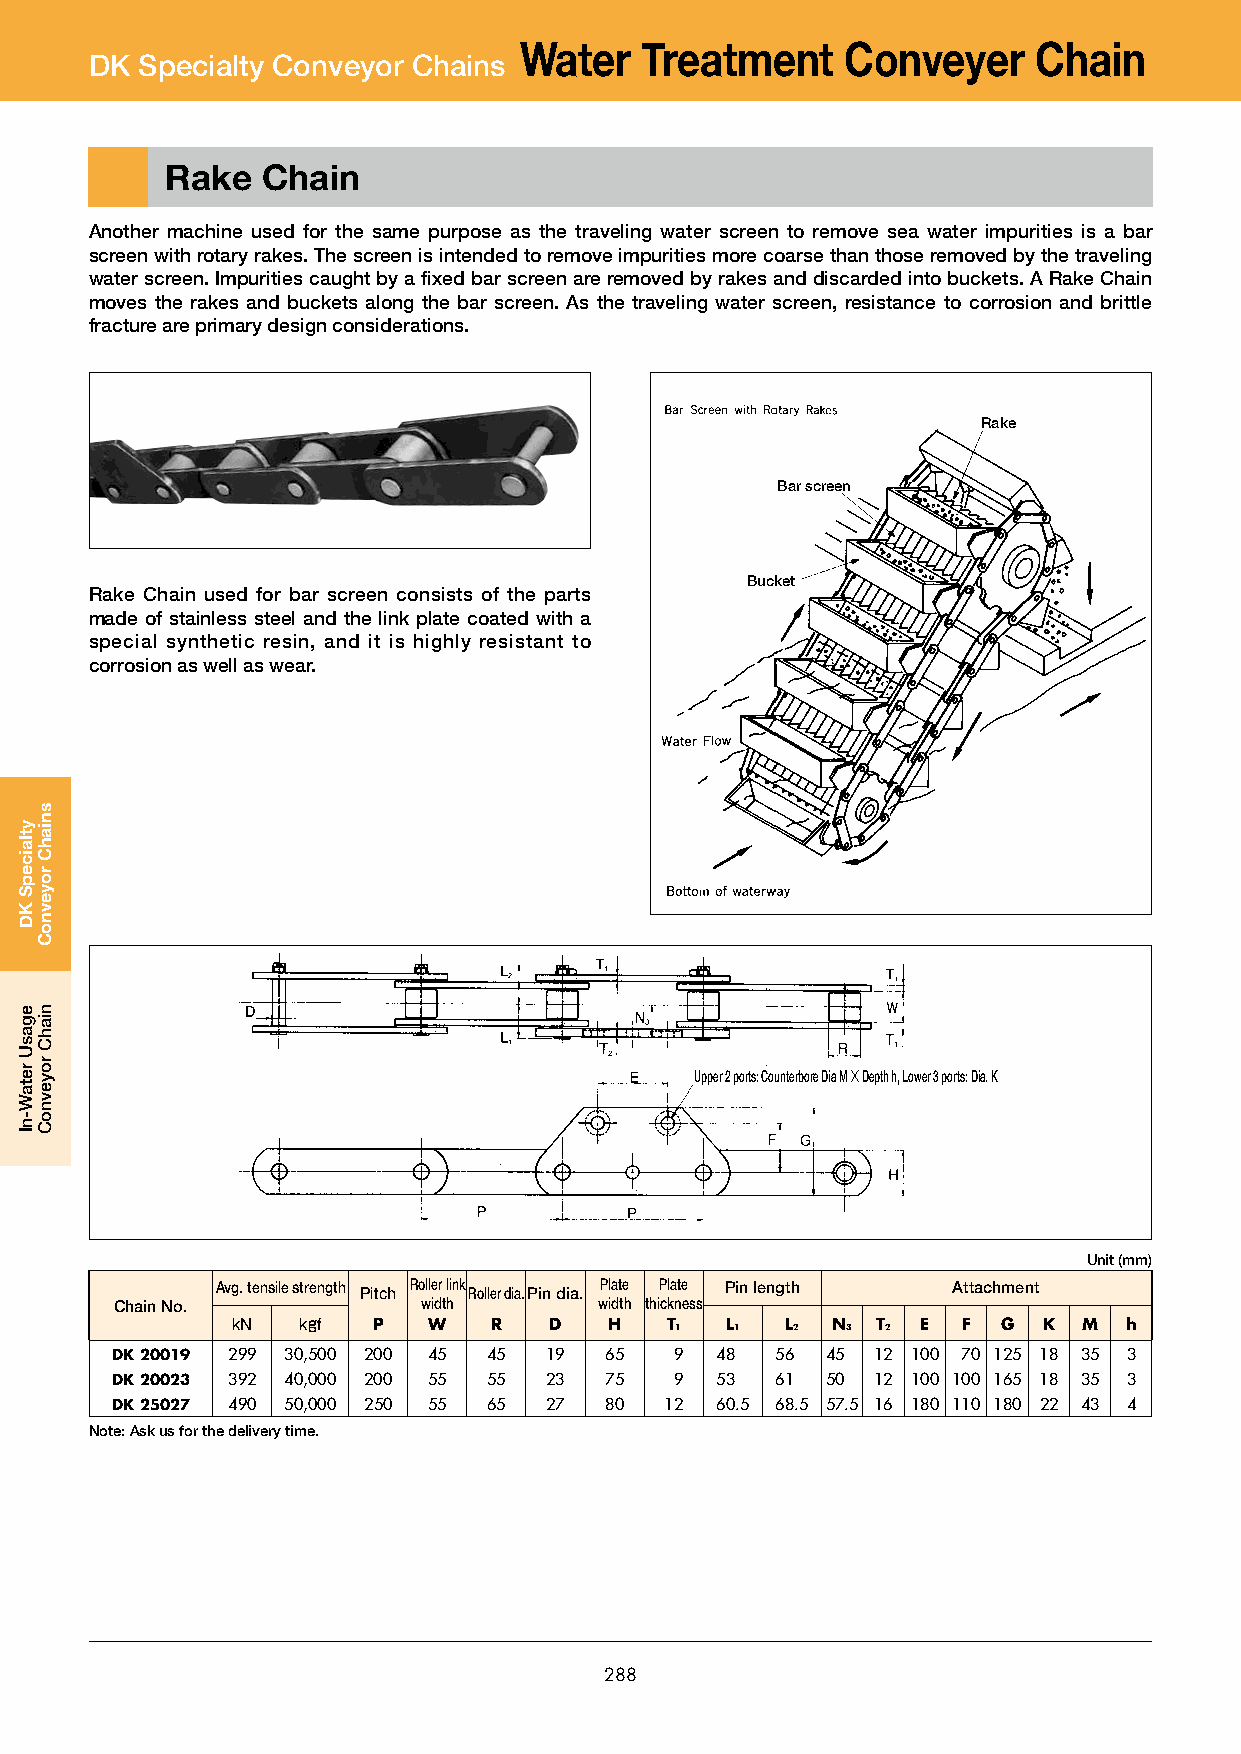
Water    Treatment    Conveyer     Chain
 DK Specialty Conveyor Chains
 Rake  Chain
 Another machine used for the same purpose as the traveling water screen to remove sea water impurities is a bar
 screen with rotary rakes. The screen is intended to remove impurities more coarse than those removed by the traveling
 water screen. Impurities caught by a fixed bar screen are removed by rakes and discarded into buckets. A Rake Chain
 moves the rakes and buckets along the bar screen. As the traveling water screen, resistance to corrosion and brittle
 fracture are primary design considerations.
 Rake
 Bar screen
 Bucket
 Rake Chain used for bar screen consists of the parts
 made of stainless steel and the link plate coated with a
 special synthetic resin, and it is highly resistant to
 corrosion as well as wear.
 Upper 2 ports: Counterbore Dia M×Depth h, Lower 3 ports: Dia. K
 Unit (mm)
 Avg. tensile strength Pitch Roller link Roller dia. Pin dia. Plate Plate Pin length Attachment
 Chain No.           width       width thickness
 kN   kgf  P  W   R   D   H   T1  L1  L2 N3 T2 E  F G  K  M  h
 DK 20019 299 30,500 200 45 45 19 65   9 48.0 56.0 45.0 12 100 70 125 18 35 3
 DK 20023 392 40,000 200 55 55 23 75   9 53.0 61.0 50.0 12 100 100 165 18 35 3
 DK 25027 490 50,000 250 55 65 27 80  12 60.5 68.5 57.5 16 180 110 180 22 43 4
 Note: Ask us for the delivery time.
 288
 ytlaicepS
 KD
 egasU
 retaW-nI
 sniahC
 royevnoC
 niahC
 royevnoC